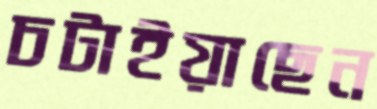
চটাইয়াছেন